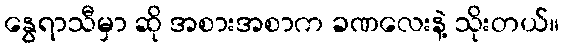
နွေရာသီမှာ ဆို အစားအစာက ခဏလေးနဲ့ သိုးတယ်။